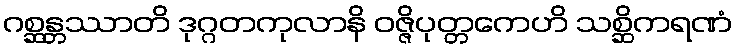
ဂစ္ဆန္တဿာတိ ဒုဂ္ဂတကုလာနိ ဝဇ္ဇိပုတ္တကေဟိ သစ္ဆိကရဏံ